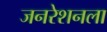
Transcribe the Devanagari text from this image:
जनरेशनला